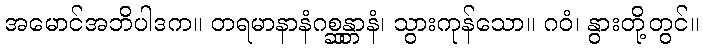
အမောင်အဘိပါဒက။ တရမာနာနံဂစ္ဆန္တာနံ၊ သွားကုန်သော။ ဂဝံ၊ နွားတို့တွင်။